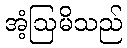
အံ့ဩမိသည်